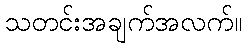
သတင်းအချက်အလက်။